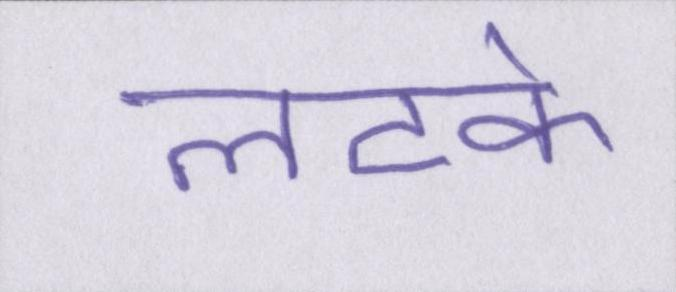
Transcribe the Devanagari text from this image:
लटके